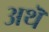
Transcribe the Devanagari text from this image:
अथॆ